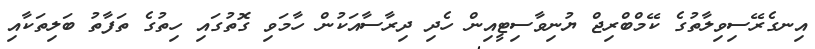
އިނގެރޭސިވިލާތުގެ ކޭމްބްރިޖް ޔުނިވާސިޓީއިން ހެދި ދިރާސާއަކުން ހާމަވި ގޮތުގައި ހިތުގެ ތަފާތު ބަލިތަކާއި